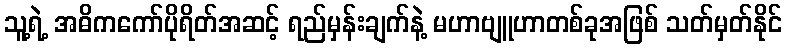
သူ့ရဲ့ အဓိကကော်ပိုရိတ်အဆင့် ရည်မှန်းချက်နဲ့ မဟာဗျူဟာတစ်ခုအဖြစ် သတ်မှတ်နိုင်